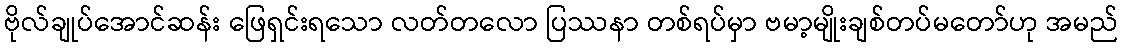
ဗိုလ်ချုပ်အောင်ဆန်း ဖြေရှင်းရသော လတ်တလော ပြဿနာ တစ်ရပ်မှာ ဗမာ့မျိုးချစ်တပ်မတော်ဟု အမည်